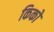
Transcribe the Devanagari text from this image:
किको